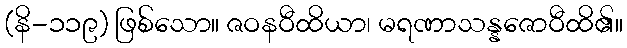
(နိ-၁၁၉) ဖြစ်သော။ ဇဝနဝီထိယာ၊ မရဏာသန္နဇောဝီထိ၏။